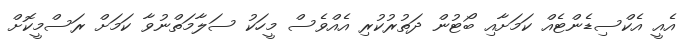
އެއީ އެކްސިޑެންޓެއް ކަމަށާއި ބޯޓުން ދަތުރުކުރި އެއްވެސް މީހަކު ސަލާމަތްނުވާ ކަމަށް ރަސްމީކޮށް